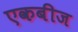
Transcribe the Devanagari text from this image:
एकबीज